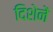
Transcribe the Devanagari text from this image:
दिशेनें